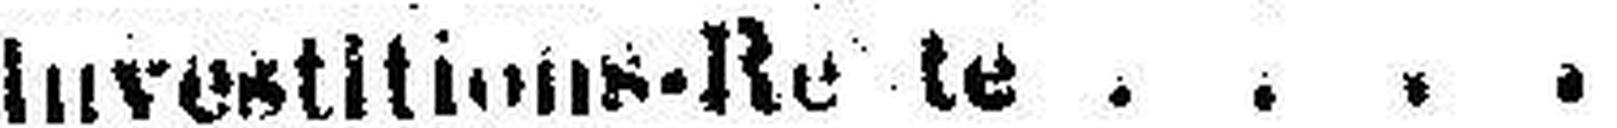
Investitions-Rente